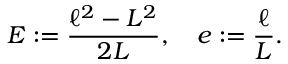
E : = \frac { \ell ^ { 2 } - L ^ { 2 } } { 2 L } , \quad e : = \frac { \ell } { L } .